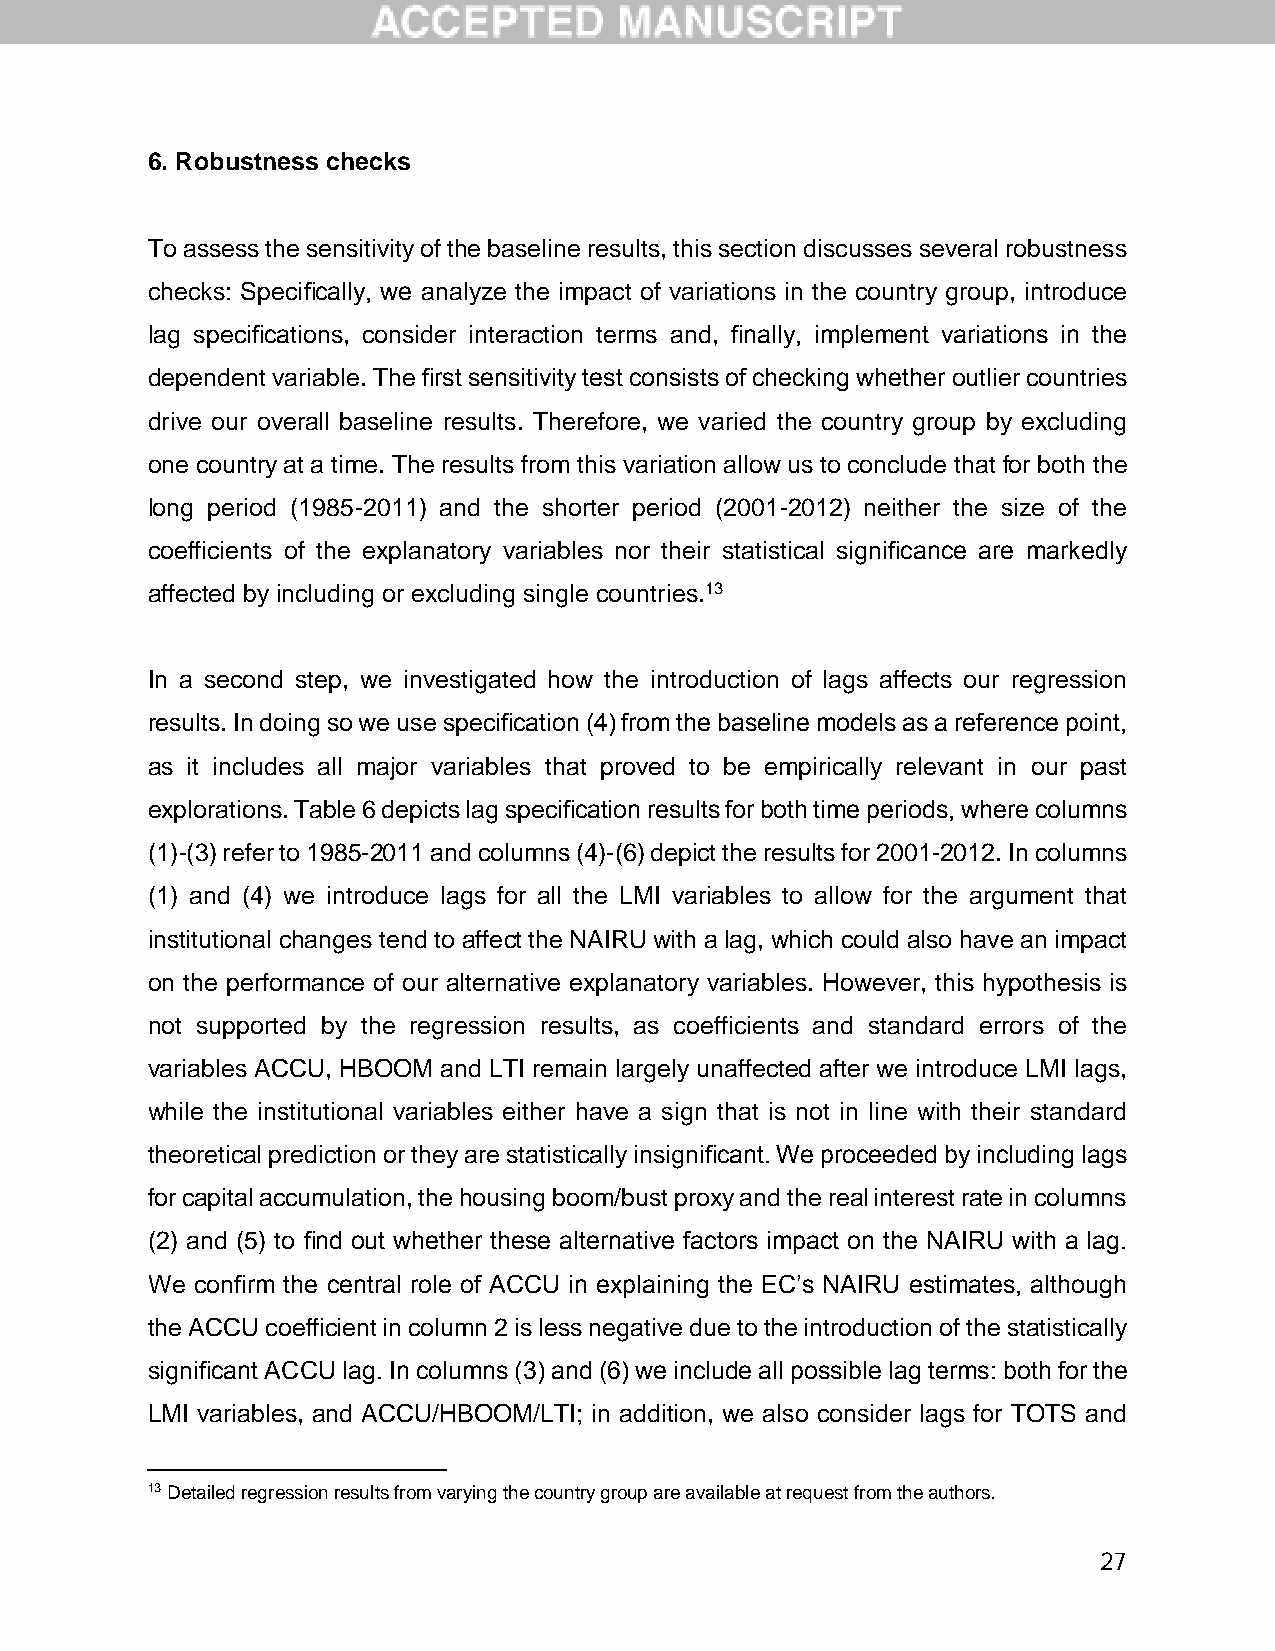
6. Robustness checks
 To assess the sensitivity of the baseline results, this section discusses several robustness
 checks: Specifically, we analyze the impact of variations in the country group, introduce
 lag specifications, consider interaction terms and, finally, implement variations in the
 dependent variable. The first sensitivity test consists of checking whether outlier countries
 drive our overall baseline results. Therefore, we varied the country group by excluding
 one country at a time. The results from this variation allow us to conclude that for both the
 long period (1985-2011) and the shorter period (2001-2012) neither the size of the
 coefficients of the explanatory variables nor their statistical significance are markedly
 affected by including or excluding single countries.13
 In a second step, we investigated how the introduction of lags affects our regression
 results. In doing so we use specification (4) from the baseline models as a reference point,
 as it includes all major variables that proved to be empirically relevant in our past
 explorations. Table 6 depicts lag specification results for both time periods, where columns
 (1)-(3) refer to 1985-2011 and columns (4)-(6) depict the results for 2001-2012. In columns
 (1) and (4) we introduce lags for all the LMI variables to allow for the argument that
 institutional changes tend to affect the NAIRU with a lag, which could also have an impact
 on the performance of our alternative explanatory variables. However, this hypothesis is
 not supported by the regression results, as coefficients and standard errors of the
 variables ACCU, HBOOM and LTI remain largely unaffected after we introduce LMI lags,
 while the institutional variables either have a sign that is not in line with their standard
 theoretical prediction or they are statistically insignificant. We proceeded by including lags
 for capital accumulation, the housing boom/bust proxy and the real interest rate in columns
 (2) and (5) to find out whether these alternative factors impact on the NAIRU with a lag.
 We confirm the central role of ACCU in explaining the EC’s NAIRU estimates, although
 the ACCU coefficient in column 2 is less negative due to the introduction of the statistically
 significant ACCU lag. In columns (3) and (6) we include all possible lag terms: both for the
 LMI variables, and ACCU/HBOOM/LTI; in addition, we also consider lags for TOTS and
 13 Detailed regression results from varying the country group are available at request from the authors.
 27